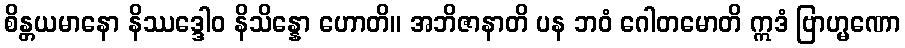
စိန္တယမာနော နိဿဒ္ဒေါဝ နိသိန္နော ဟောတိ။ အဘိဇာနာတိ ပန ဘဝံ ဂေါတမောတိ ဣဒံ ဗြာဟ္မဏော